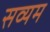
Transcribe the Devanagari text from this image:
सव्यम